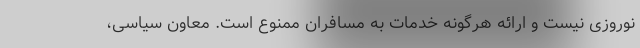
نوروزی نیست و ارائه هرگونه خدمات به مسافران ممنوع است. معاون سیاسی،